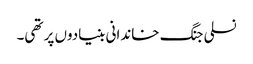
نسلی جنگ خاندانی بنیادوں پر تھی۔